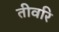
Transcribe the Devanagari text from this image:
तीवरि